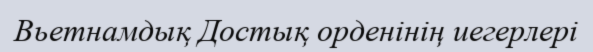
Вьетнамдық Достық орденінің иегерлері